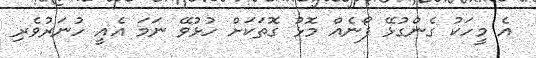
އެ މީހަކު ގެންގުޅޭ ފޯނެއް މޮޅު ގޮތަކަށް ހުޅުވޭ ނަމަ އެއީ ހުނަރުވެރި